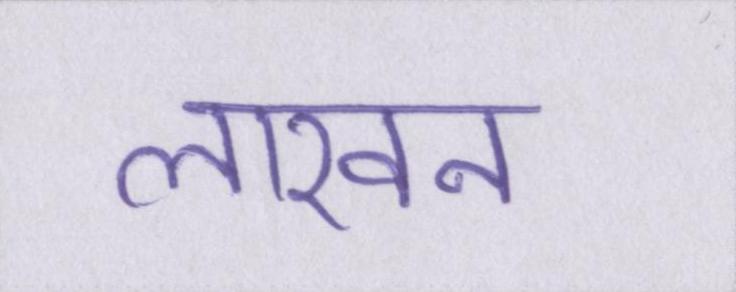
लाखन